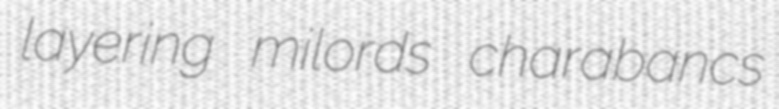
layering milords charabancs